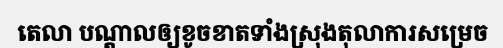
តេលា បណ្តាលឲ្យខូចខាតទាំងស្រុងតុលាការសម្រេច